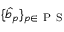
\{ \hat { b } _ { p } \} _ { p \in \ensuremath { \mathrm { ~ P ~ S ~ } } }